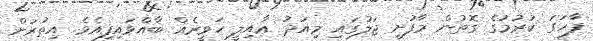
ފާހަގަ ކުރުމުގެ ގޮތުން މާފުށީ ޖަލުގައި މިއަދު ޢާއިލީ ހަވީރެއް ބާއްވައިފިއެވެ. އިތުރަށް